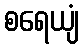
စရေယျံ